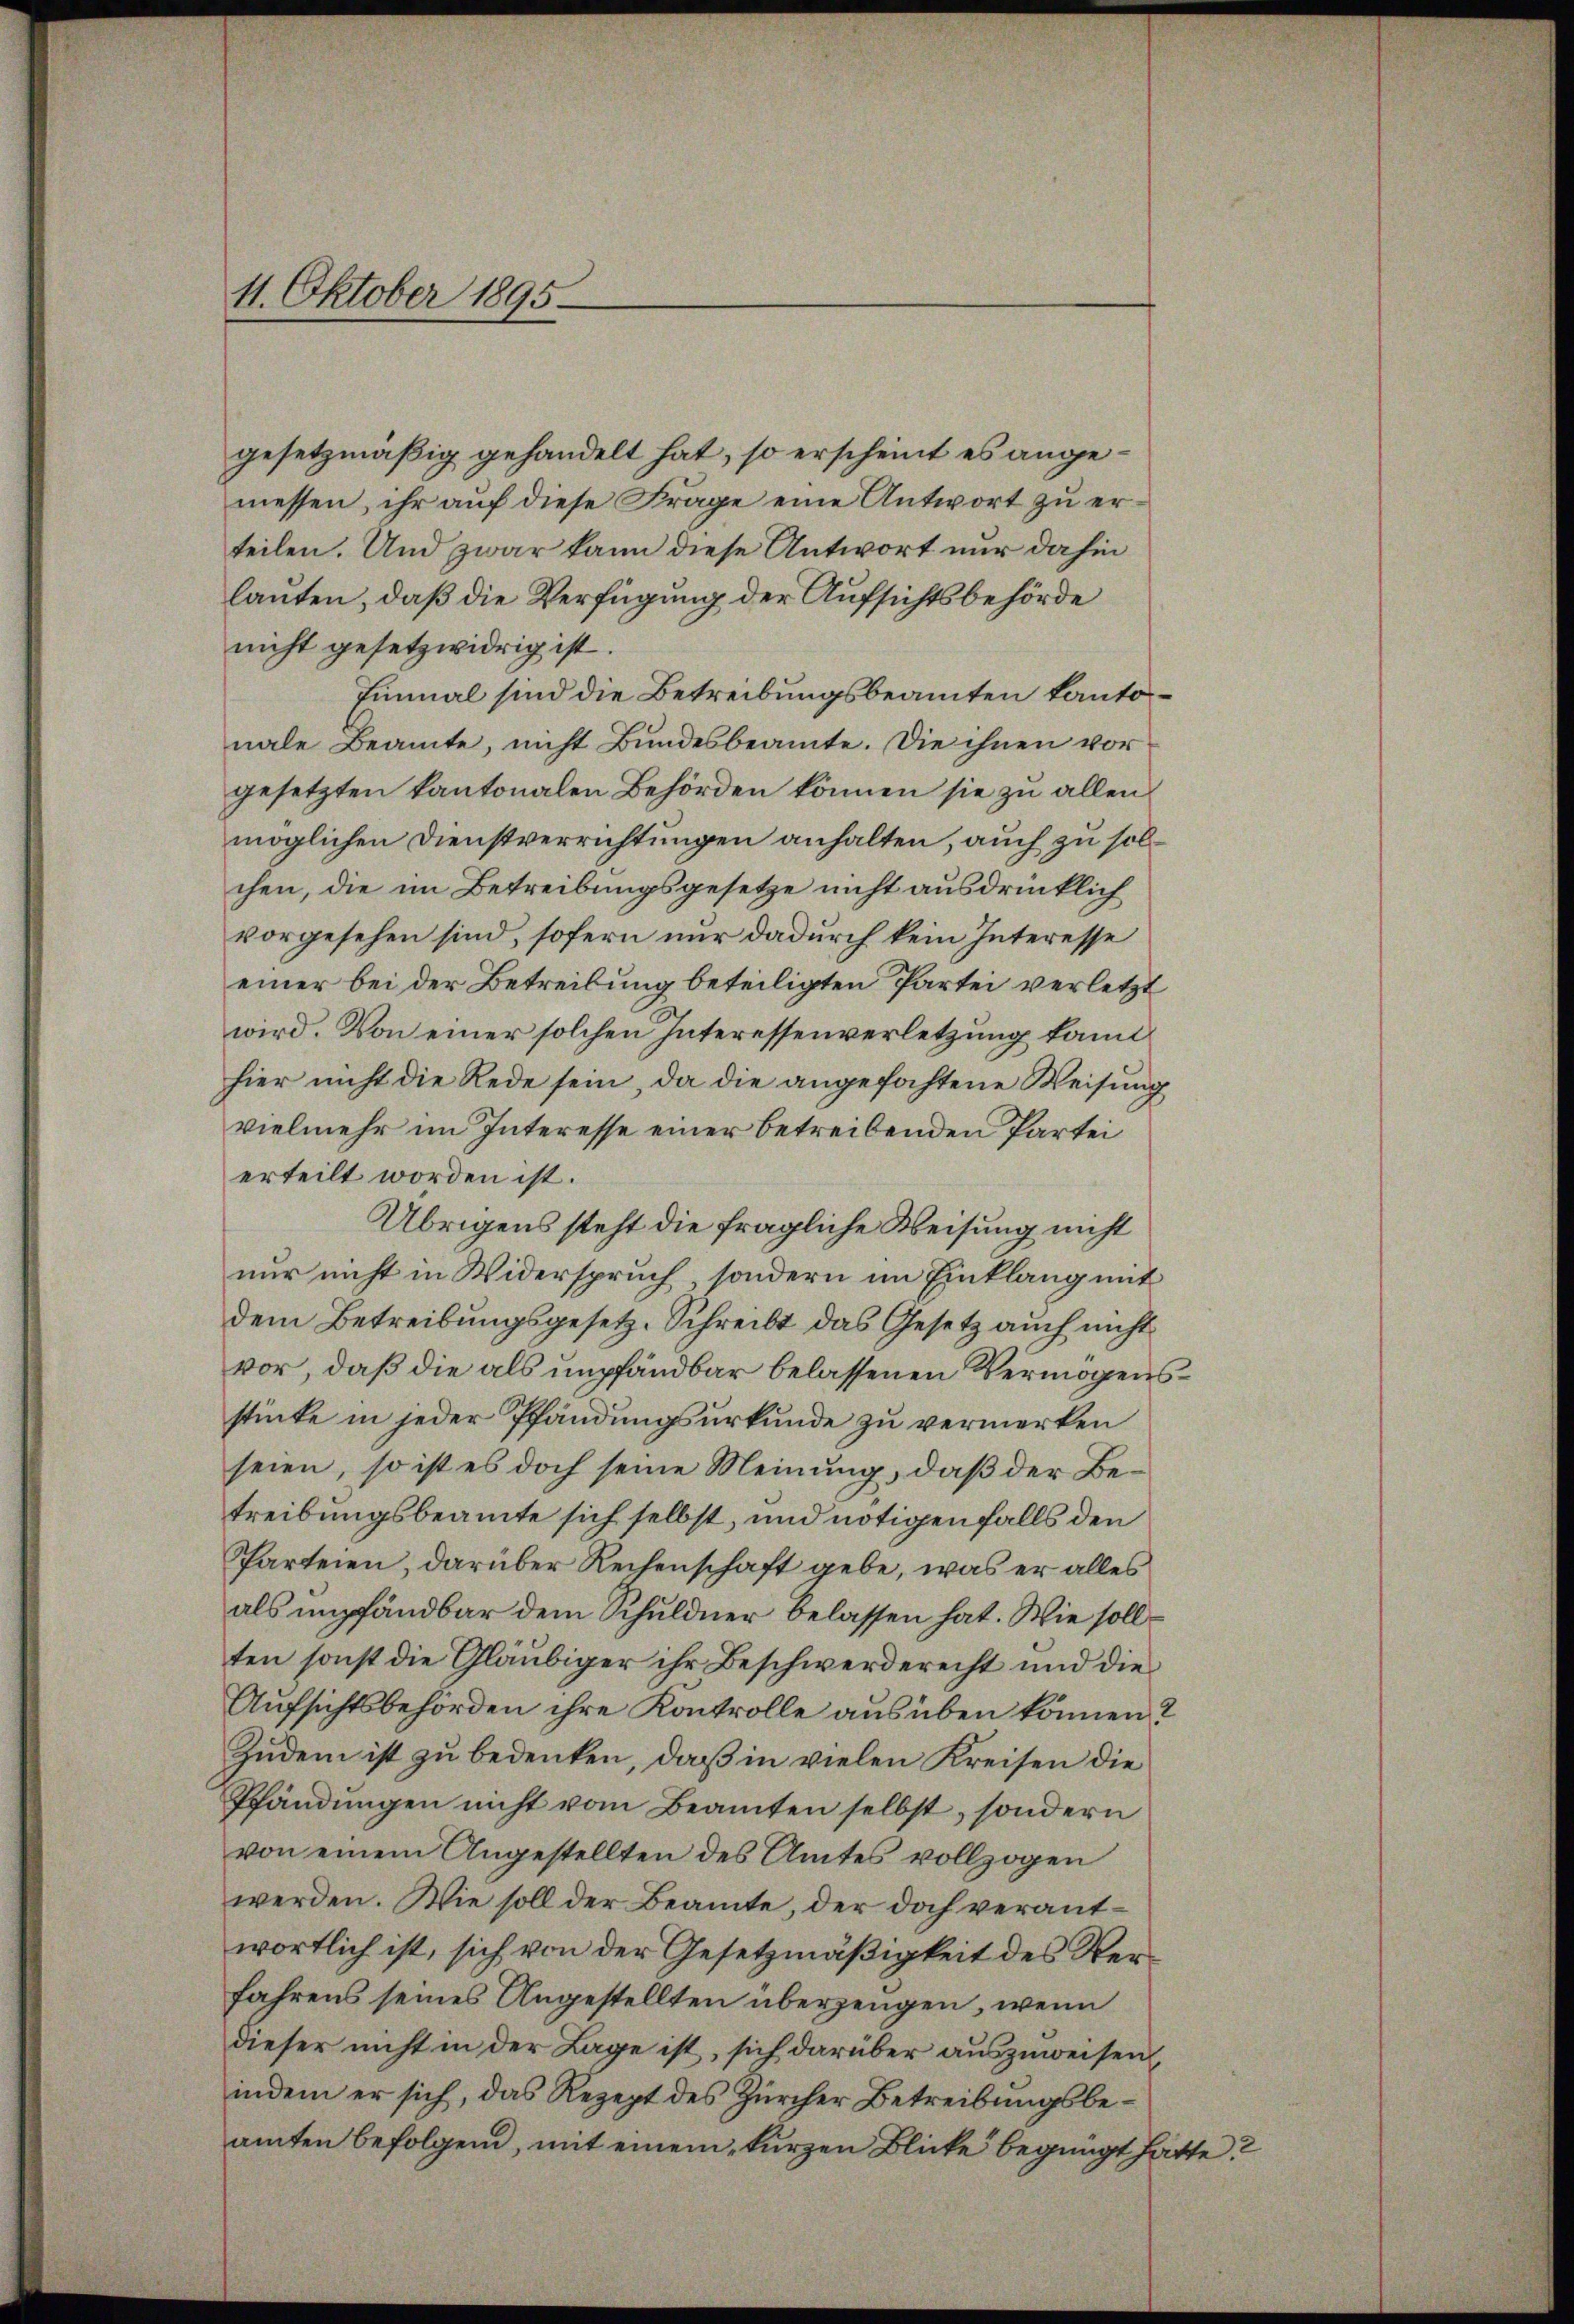
11. Oktober 1895.

gesetzmäßig gehandelt hat, so erscheint es angemessen, ihr auf diese Frage eine Antwort zu erteilen. Und zwar kann diese Antwort nur dahin
lauten, daß die Verfügung der Aufsichtsbehörde
nicht gesetzwidrig ist.
Einmal sind die Betreibungsbeamten kantonale Beamte, nicht Bundesbeamte. Die ihnen vor
gesetzten kantonalen Behörden können sie zu allen
möglichen Dienstverrichtungen anhalten, auch zu solchen, die im Betreibungsgesetze nicht ausdrücklich
vorgesehen sind, sofern nur dadurch kein Interesse
einer bei der Betreibung beteiligten Partei verletzt
wird. Von einer solchen Interessenverletzung kann
hier nicht die Rede sein, da die angefochtene Weisung
vielmehr im Interesse einer betreibenden Partei
erteilt worden ist.
Übrigens steht die fragliche Weisung nicht
nur nicht in Widerspruch, sondern im Einklang mit
dem Betreibungsgesetz. Schreibt das Gesetz auch nicht
vor, daß die als umpfändbar belassenen Vermögensstücke in jeder Pfändungsurkunde zu vermerken
seien, so ist es doch seine Meinung, daß der Betreibungsbeamte sich selbst, und nötigen falls den
Parteien, darüber Rechenschaft gebe, was er alles
als empfändbar dem Schuldner belassen hat. Wie sollten sonst die Gläubiger ihr Beschwerderecht und die
Aufsichtsbehörden ihre Kontrolle ausüben können?
Zudem ist zu bedenken, daß in vielen Kreisen die
Pfändŭngen nicht vom Beamten selbst, sondern
von einem Angestellten des Amtes vollzogen
werden. Wie soll der Beamte, der doch verantwortlich ist, sich von der Gesetzmäßigkeit des Verfahrens seines Angestellten überzeugen, wenn
dieser nicht in der Lage ist, sich darüber auszuweisen,
indem er sich, das Rezept des Zürcher Betreibungsbeamten befolgend, mit einem kurzen Blicke begnügt hätte?